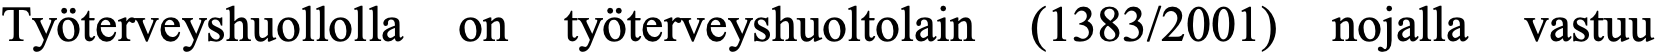
Työterveyshuollolla on työterveyshuoltolain (1383/2001) nojalla vastuu